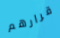
قرارهم